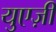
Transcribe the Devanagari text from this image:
युएज़ी